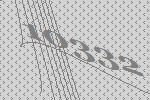
10332